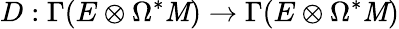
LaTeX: D:\Gamma(E\otimes\Omega^{*}\mathit{M})\rightarrow\Gamma(E\otimes\Omega^{*}\mathit{M})